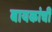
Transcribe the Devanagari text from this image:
बायकांचीं